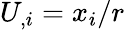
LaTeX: U_{,i}=x_{i}/r